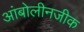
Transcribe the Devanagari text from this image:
आंबोलीनजीक